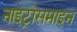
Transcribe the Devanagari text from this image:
नाइट्रोसमाइन